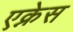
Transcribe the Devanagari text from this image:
एक्नेस